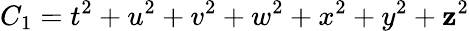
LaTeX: C_{1}=t^{2}+u^{2}+v^{2}+w^{2}+x^{2}+y^{2}+\mathbf{z}^{2}